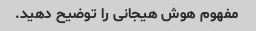
مفهوم هوش هیجانی را توضیح دهید.